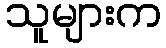
သူများက